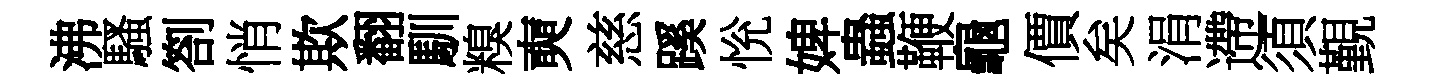
沸騷劄悄欺翻馴糗奭慈蹊恱婢蟲鞭龜價矣涓遰須覲